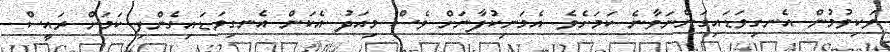
ވަކިވުމުން އެނގިވަޑައިގަންނަވާނެ ކަމަށެވެ. އެމަނިކުފާނަށް ވެސް މިއަދު އެކަން އެނގިވަޑައިގެންފި ކަމަށް ރައީސް